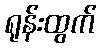
ရုန်းထွက်